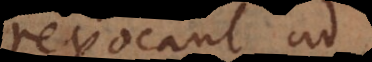
revocant ad